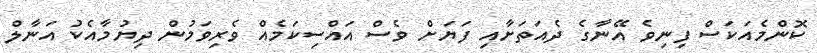
ކޮންމެއަކަސް ފިނިވެ އޭނާގެ ދެއަތަށާއި ފަޔަށް ވެސް އައްސިކަމެއް ވެރިވަމުން ދިޔުމާއެކު އަނާލް